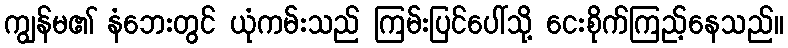
ကျွန်မ၏ နံဘေးတွင် ယုံကမ်းသည် ကြမ်းပြင်ပေါ်သို့ ငေးစိုက်ကြည့်နေသည်။